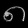
Digit: ၈